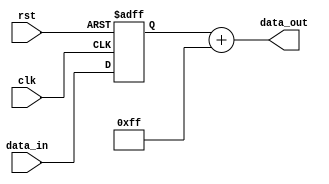
module ShiftAndAdd(
    input clk,
    input rst,
    input [7:0] data_in,
    output reg [7:0] data_out
);

reg [7:0] shift_reg;
reg [7:0] constant_value = 8'hFF; // Constant value to be added

always @(posedge clk or posedge rst) begin
    if (rst) begin
        shift_reg <= 8'b00000000;
    end else begin
        // Shift input data to left by 1 bit
        shift_reg <= {shift_reg[6:0], data_in};
    end
end

always @(*) begin
    // Add shifted data with constant value
    data_out = shift_reg + constant_value;
end

endmodule